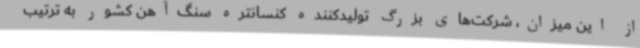
از این میزان، شرکت‌های بزرگ تولیدکننده کنسانتره سنگ‌آهن کشور به ترتیب